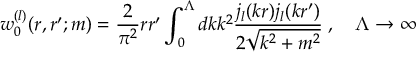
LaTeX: w _ { 0 } ^ { ( l ) } ( r , r ^ { \prime } ; m ) = \frac 2 { \pi ^ { 2 } } r r ^ { \prime } \int _ { 0 } ^ { \Lambda } d k k ^ { 2 } \frac { j _ { l } ( k r ) j _ { l } ( k r ^ { \prime } ) } { 2 \sqrt { k ^ { 2 } + m ^ { 2 } } } \; , \quad \Lambda \to \infty